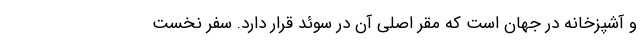
و آشپزخانه در جهان است که مقر اصلی آن در سوئد قرار دارد. سفر نخست